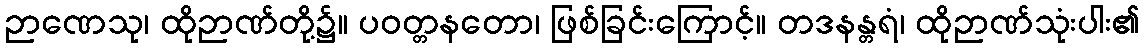
ဉာဏေသု၊ ထိုဉာဏ်တို့၌။ ပဝတ္တနတော၊ ဖြစ်ခြင်းကြောင့်။ တဒနန္တရံ၊ ထိုဉာဏ်သုံးပါး၏